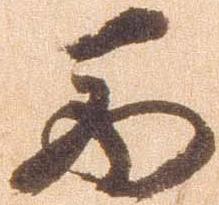
西